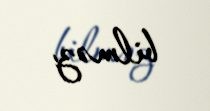
bilməz.